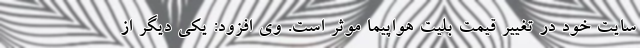
سایت خود در تغییر قیمت بلیت هواپیما موثر است. وی افزود: یکی دیگر از